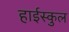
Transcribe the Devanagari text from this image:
हाईस्कुल